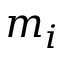
m _ { i }